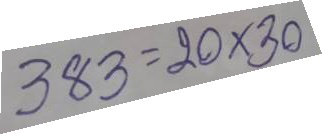
383 = 20 x 30